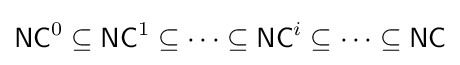
{\mathsf {NC}}^{0}\subseteq {\mathsf {NC}}^{1}\subseteq \cdots \subseteq {\mathsf {NC}}^{i}\subseteq \cdots \subseteq {\mathsf {NC}}